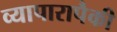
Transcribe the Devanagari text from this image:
व्यापारापैकी